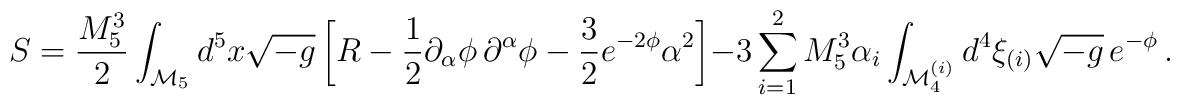
S=\frac{M_5^3}{2}\int _{{\cal M}_5} d^5 x \sqrt{-g}\left[ R-\frac{1}{2}\partial  _\alpha \phi \,\partial ^\alpha \phi -\frac{3}{2}e^{-2\phi }\alpha ^2\right]  -3\sum_{i=1}^2 M_5^3\alpha _i \int _{{\cal M}_4^{(i)}} d^4  \xi_{(i)}\sqrt{-g}\,e^{-\phi }\,.